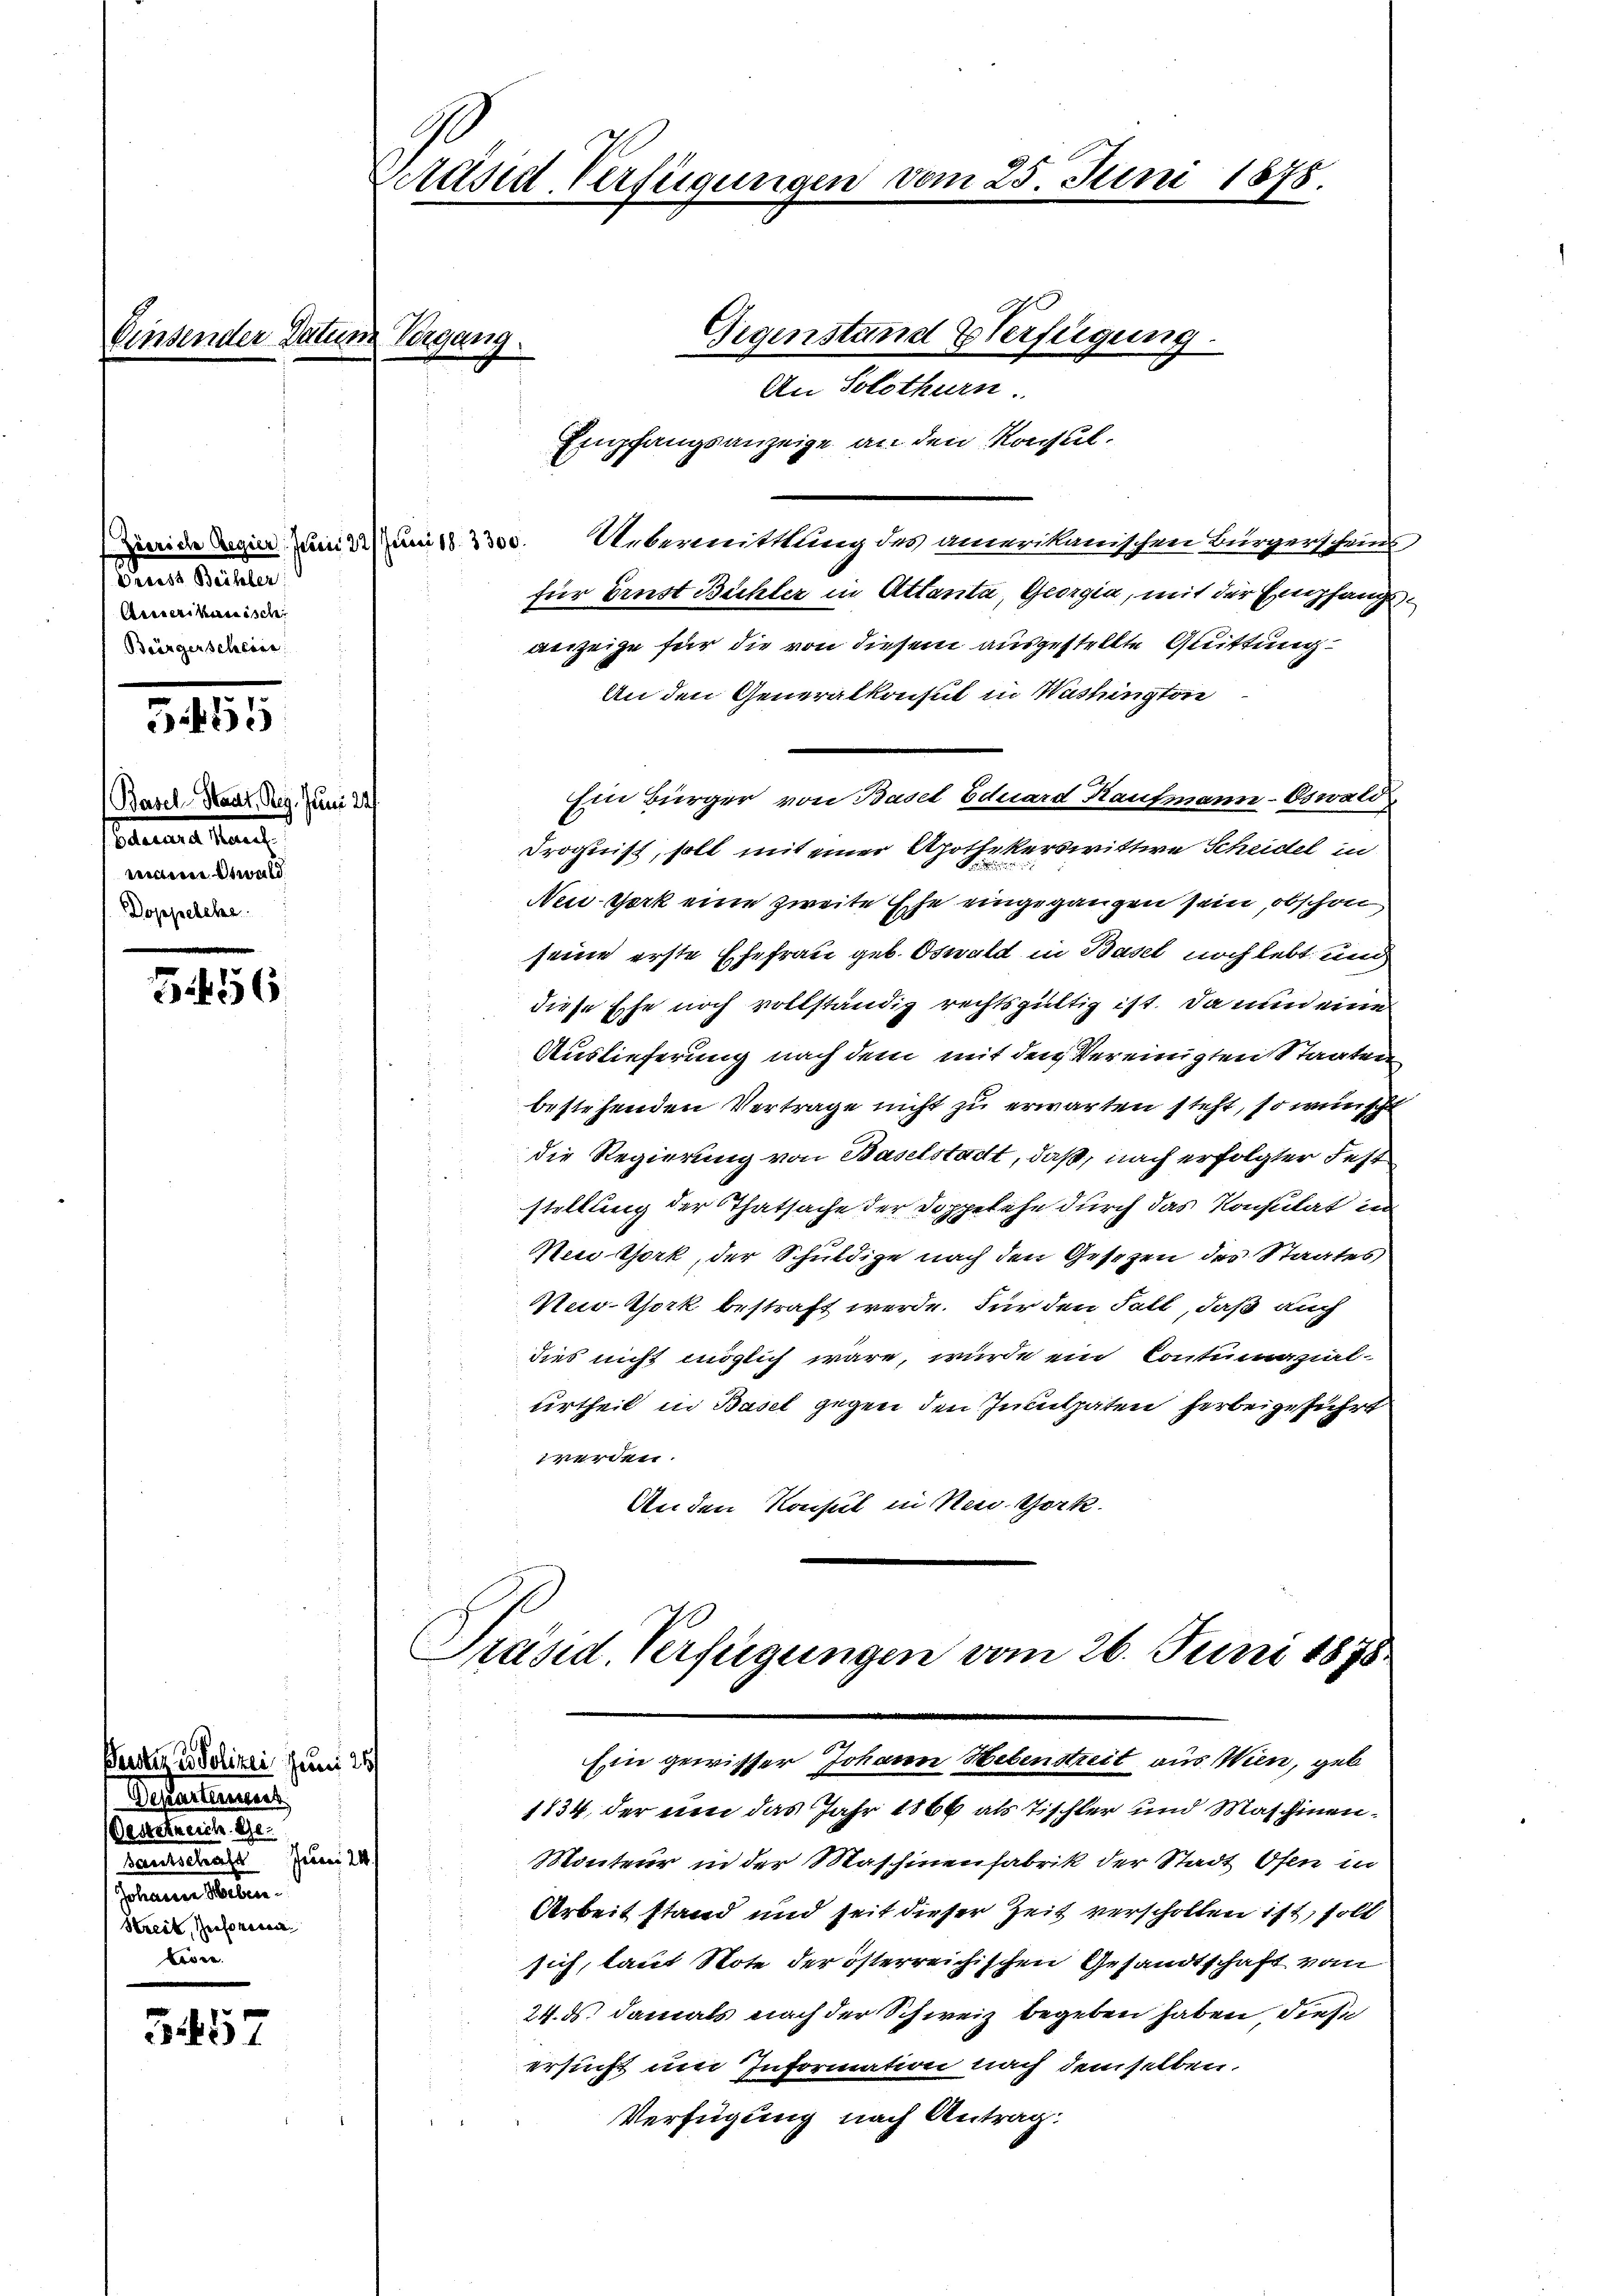
Berner Secreten
Areverikanisch
Bürgerscheide

5455

(Basel-Staat. Reg. Juni 28.
Betaris Man
eiden etwald.
Doppelete

5456

Berstiz & Polizei Juni 25/
Departement
Oestrente Ge
Gautschaft Juni 24.
Jelenen Walten.
Streit, Rectorenen
e

G17

Einsender Datus.

Präsid-Verfügungen

Vergang

Empfangsanzeige an den Konsul
eide Gegen Juni um 18. 33. Uebermittlung des amerikanischen Bürgerschens
für Brust Büchler in Attanta, Georgia, mit der Empfangsanzeige für die von diesem ausgestellte Quittung
An den Generalkonsul in Wushington
Ein Bürger von Basel Eduard Kaufmann-Oswald,
Droguist, soll mit einer Apothekerswittwe Scheidel in
New-York eine zweite Ehe eingegangen sein, obschon
seine erste Ehefrau geb. Oswald in Basel noch lebt und
diese Ehe noch vollständig rechtsgültig ist. Da nun eine
Auslieferung nach dem mit den Vereinigten Staaten
bestehenden Vertrage nicht zu erwarten steht, so wünscht
die Regierung von Baselstadt, daß, nach erfolgter Fest
i
stellung der Thatsache der Doppelehe durch das Konsulat in
Nei thork, der Schuldige nach den Gesetzen des Staates
Nur-York bestraft werde. Für den Fall, daß auch
dies nicht möglich wäre, wurde ein Contumazial-
urtheil in Basel gegen den Inculpaten herbeigeführt
werden.
An den Konsul in New York

An Solothurn.

Gegenstand Verfügung.

25. Juni 1878.

Präsid. Verfügungen vom 26. Juni 1878
Ein gewisser Johann Hebenstreit aus Wien, geb

1834, der um das Jahr 1866 als Tischler und Maschinen¬
Monteur in der Maschinenfabrik der Stadt Ofen in
Arbeit stand und seit dieser Zeit verschollen ist, soll
sich, laut Note der österreichischen Gesandtschaft vom
24. ds. damals nach der Schweiz begeben haben, diese
ersucht um Information nach demselben.
Verfügung nach Antrag: